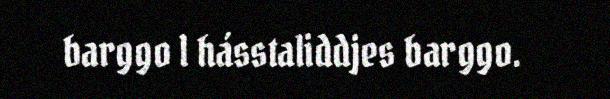
barggo l hásstaliddjes barggo.